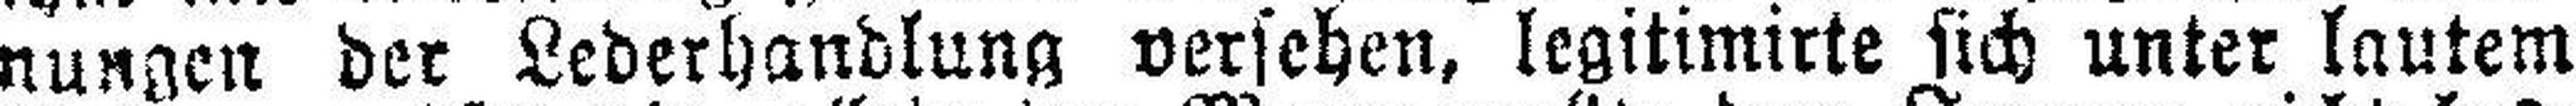
nungen der Lederhandlung versehen, legitimirte sich unter lautem